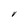
Character: V